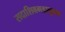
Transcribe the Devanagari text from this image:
सदाशिवगडातूनच